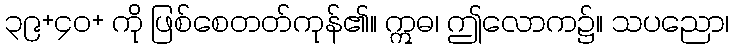
၃၉+၄၀+ ကို ဖြစ်စေတတ်ကုန်၏။ ဣဓ၊ ဤလောက၌။ သပညော၊